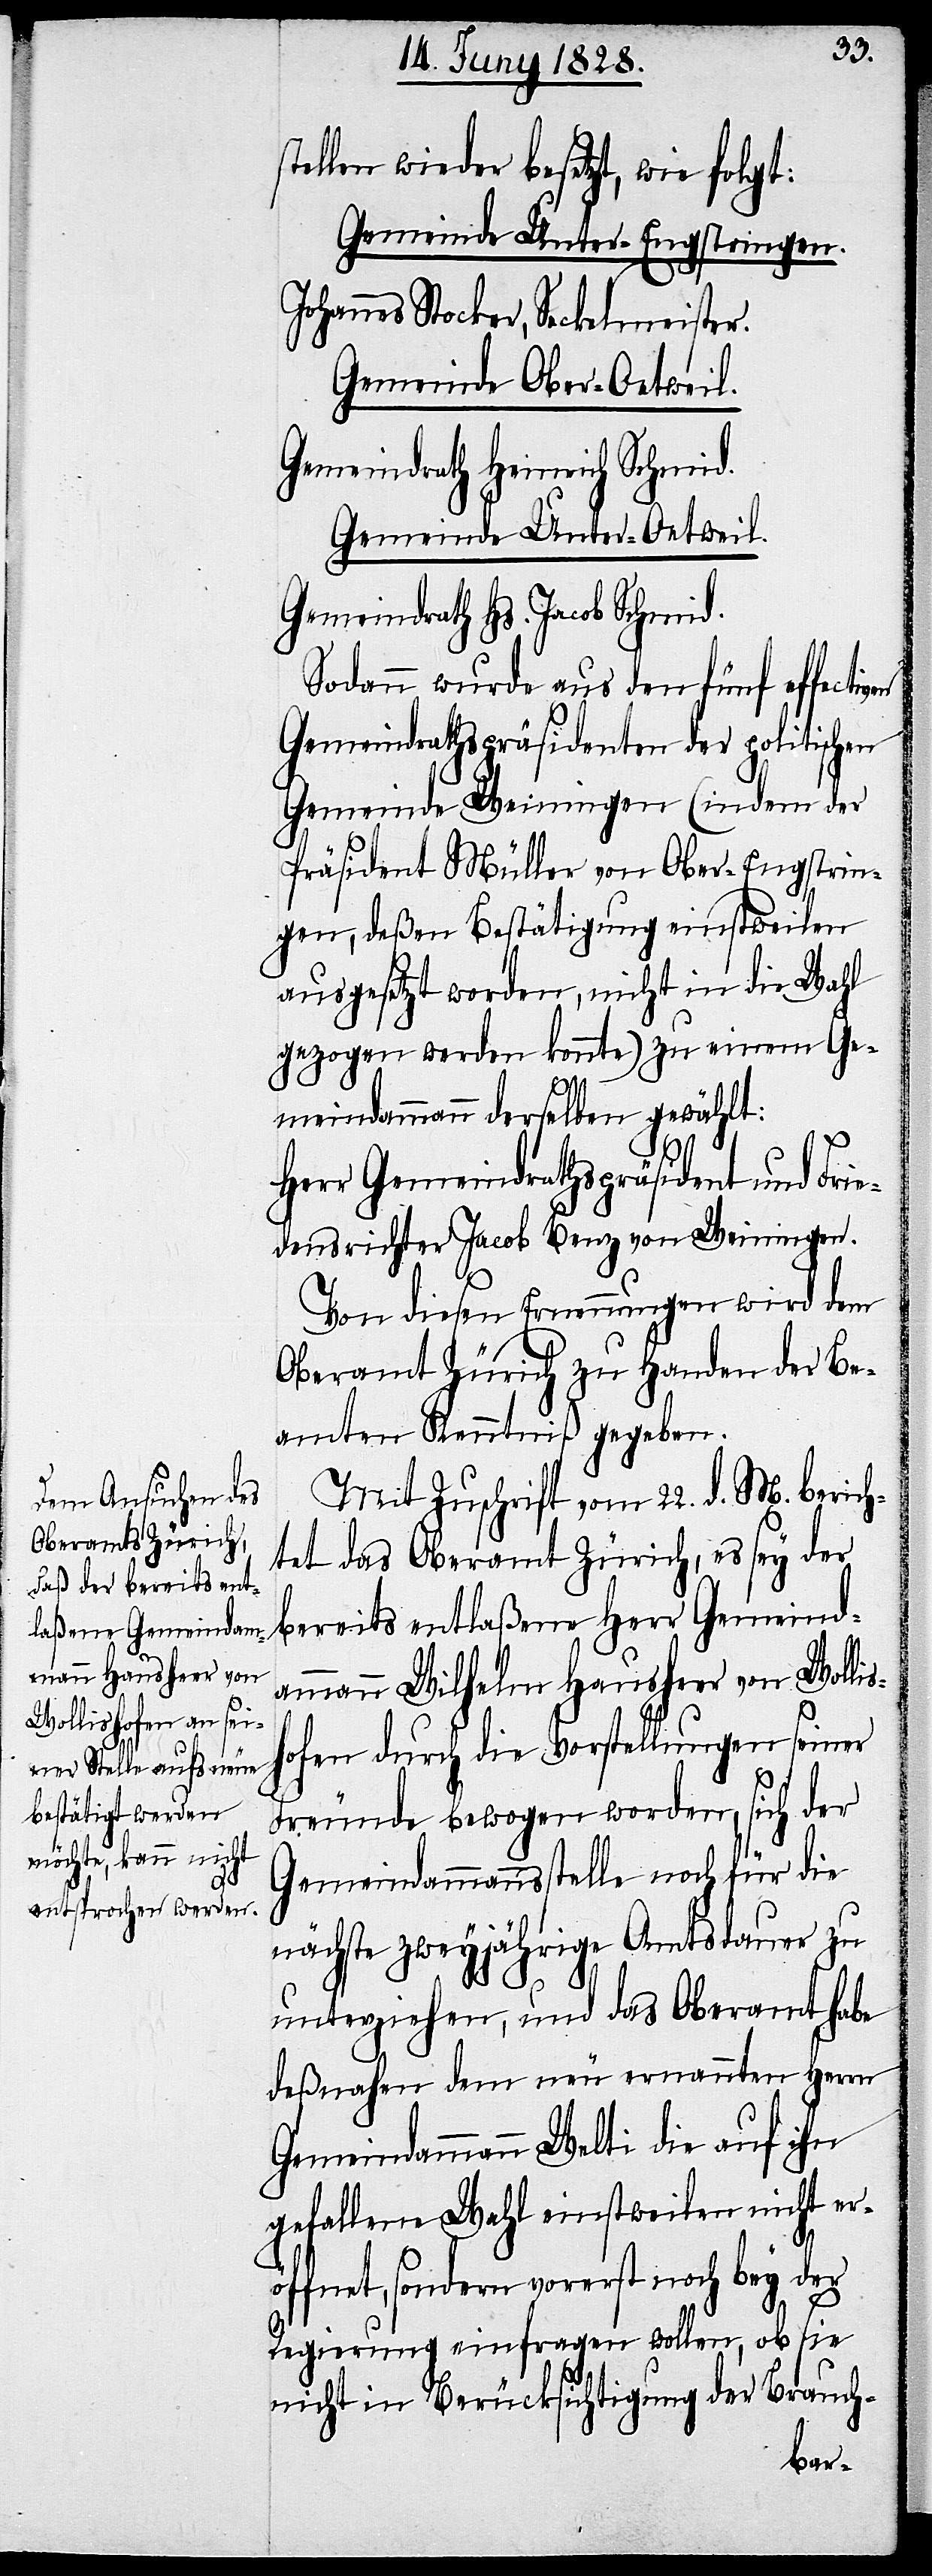
stellen wieder besetzt, wie folgt:
Gemeinde Unter-Engstringen.
Johannes Stocker, Seckelmeister.
Gemeinde Ober-Oetweil.
Gemeindrath Heinrich Schmid.
Gemeinde Unter-Oetweil.
Gemeindrath Hs. Jacob Schmid.
Sodann wurde aus den fünf effecti¬
Gemeindrathspräsidenten der politischen
Gemeinde Weinigen (indem der
Präsident Müller von Ober-Engstrin¬
gen, deßen Bestätigung einstweilen
ausgesetzt worden, nicht in die Wahl
gezogen werden konnte) zu einem Ge¬
meindammann derselben gewählt:
Herr Gemeindrathspräsident und Frie¬
densrichter Jacob Benz von Weiningen.
Von diesen Ernennungen wird dem
Oberamt Zürich zu Handen der Be¬
amten Kenntniß gegeben.
Mit Zuschrift vom 22. d. M. berich¬
tet das Oberamt Zürich, es sey der
ammann Wilhelm Hausheer von Wollis¬
hofen durch die Vorstellung seiner
Freunde bewogen worden, sich der
Gemeindammannsstelle noch für die
nächste zweyjährige Amtsdauer zu
unterziehen, und das Oberamt habe
deßnahen dem neu ernannten Herrn
Gemeindammann Welti die auf ihn
gefallene Wahl einstweilen nicht er¬
öffnet, sondern vorerst noch bey der
Regierung einfragen wollen, ob sie
nicht in Berücksichtigung der Brauch-
eind¬